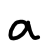
Text: a
Cross-out: clean
Writing tool: digital_black